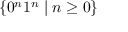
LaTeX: \{ 0 ^ { n } 1 ^ { n } \mid n \geq 0 \}